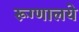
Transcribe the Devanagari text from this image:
रूग्णालये